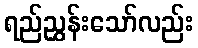
ရည်ညွှန်းသော်လည်း